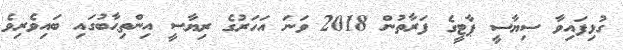
ގުޅިފައިވާ ސިޔާސީ ޕާޓީގެ ފަރާތުން 2018 ވަނަ އަހަރުގެ ރިޔާސީ އިންތިޙާބުގައި ބައިވެރިވެ